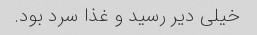
خیلى دیر رسید و غذا سرد بود.